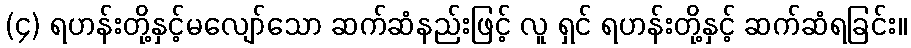
(၄) ရဟန်းတို့နှင့်မလျော်သော ဆက်ဆံနည်းဖြင့် လူ ရှင် ရဟန်းတို့နှင့် ဆက်ဆံရခြင်း။